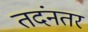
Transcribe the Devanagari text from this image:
तदंनतर